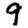
Digit: 9